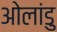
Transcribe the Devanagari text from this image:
ओलांडु